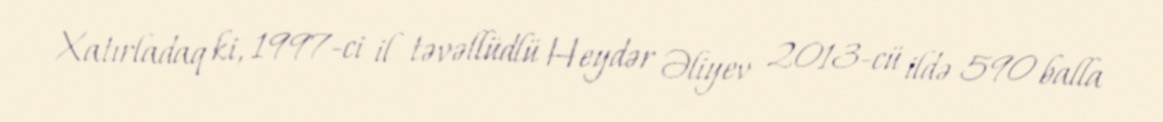
Xatırladaq ki, 1997-ci il təvəllüdlü Heydər Əliyev 2013-cü ildə 590 balla